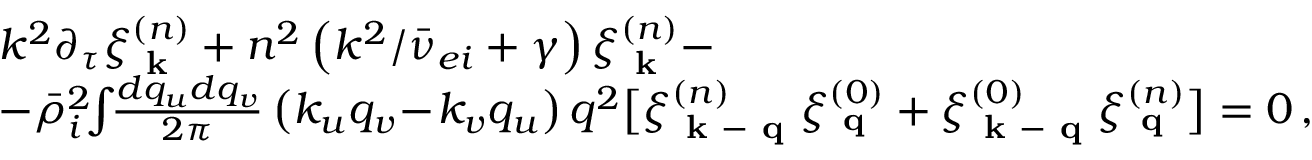
\begin{array} { r l } & { k ^ { 2 } \partial _ { \tau } \xi _ { \textbf { k } } ^ { ( n ) } + n ^ { 2 } \left( k ^ { 2 } / \bar { \nu } _ { e i } + \gamma \right) \xi _ { \textbf { k } } ^ { ( n ) } - } \\ & { - \bar { \rho } _ { i } ^ { 2 } \! \! \int \! \! \frac { d q _ { u } d q _ { v } } { 2 \pi } \left( k _ { u } q _ { v } \! - \! k _ { v } q _ { u } \right) q ^ { 2 } \big [ \xi _ { \textbf { k } - \textbf { q } } ^ { ( n ) } \xi _ { \textbf { q } } ^ { ( 0 ) } + \xi _ { \textbf { k } - \textbf { q } } ^ { ( 0 ) } \xi _ { \textbf { q } } ^ { ( n ) } \big ] = 0 \, , } \end{array}